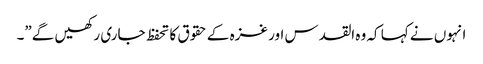
انہوں نے کہا کہ وہ القدس اور غزہ کے حقوق کا تحفظ جاری رکھیں گے”۔